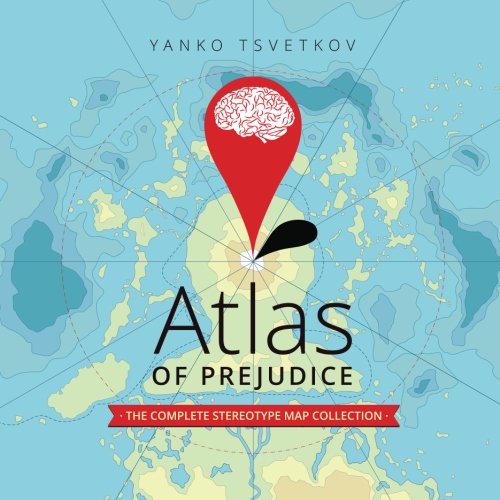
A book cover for Atlas of Prejudice: The Complete Stereotype Map Collection; Yanko Tsvetkov; Humor & Entertainment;